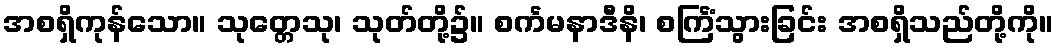
အစရှိကုန်သော။ သုတ္တေသု၊ သုတ်တို့၌။ စင်္ကမနာဒီနိ၊ စင်္ကြံသွားခြင်း အစရှိသည်တို့ကို။